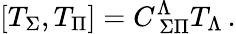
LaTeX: \left[T_{\Sigma},T_{\Pi}\right]=C_{\ \Sigma\Pi}^{\Lambda}T_{\Lambda}\, .